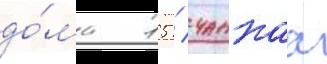
до́ма 15 / чанкаа